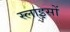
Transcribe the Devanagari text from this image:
स्लाइसों